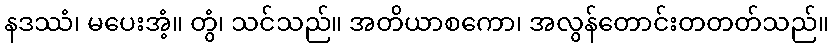
နဒဿံ၊ မပေးအံ့။ တွံ၊ သင်သည်။ အတိယာစကော၊ အလွန်တောင်းတတတ်သည်။